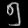
Digit: ၅